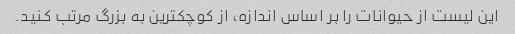
این لیست از حیوانات را بر اساس اندازه، از کوچکترین به بزرگ مرتب کنید.